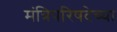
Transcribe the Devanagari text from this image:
मंत्रिपरिषदेच्या